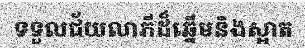
ទទួលជ័យលាភីដ៏ឆ្នើមនិងស្អាត